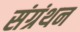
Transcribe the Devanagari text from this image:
संग्रंथन